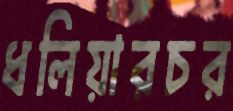
ধলিয়ারচর